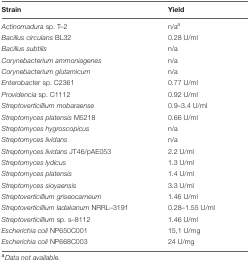
<table><thead><tr><td><b>Strain</b></td><td><b>Yield</b></td></tr></thead><tbody><tr><td><i>Actinomadura</i> sp. T–2</td><td>n/a<sup><i>a</i></sup></td></tr><tr><td><i>Bacillus circulans</i> BL32</td><td>0.28 U/ml</td></tr><tr><td><i>Bacillus subtilis</i></td><td>n/a</td></tr><tr><td><i>Corynebacterium ammoniagenes</i></td><td>n/a</td></tr><tr><td><i>Corynebacterium glutamicum</i></td><td>n/a</td></tr><tr><td><i>Enterobacter</i> sp. C2361</td><td>0.77 U/ml</td></tr><tr><td><i>Providencia</i> sp. C1112</td><td>0.92 U/ml</td></tr><tr><td><i>Streptoverticillium mobaraense</i></td><td>0.9–3.4 U/ml</td></tr><tr><td><i>Streptomyces platensis</i> M5218</td><td>0.66 U/ml</td></tr><tr><td><i>Streptomyces hygroscopicus</i></td><td>n/a</td></tr><tr><td><i>Streptomyces lividans</i></td><td>n/a</td></tr><tr><td><i>Streptomyces lividans</i> JT46/pAE053</td><td>2.2 U/ml</td></tr><tr><td><i>Streptomyces lydicus</i></td><td>1.3 U/ml</td></tr><tr><td><i>Streptomyces platensis</i></td><td>1.4 U/ml</td></tr><tr><td><i>Streptomyces sioyaensis</i></td><td>3.3 U/ml</td></tr><tr><td><i>Streptoverticillium griseocarneum</i></td><td>1.46 U/ml</td></tr><tr><td><i>Streptoverticillium ladakanum</i> NRRL–3191</td><td>0.28–1.55 U/ml</td></tr><tr><td><i>Streptoverticillium</i> sp. s–8112</td><td>1.46 U/ml</td></tr><tr><td><i>Escherichia coli</i> NP650C001</td><td>15,1 U/mg</td></tr><tr><td><i>Escherichia coli</i> NP668C003</td><td>24 U/mg</td></tr></tbody></table>